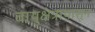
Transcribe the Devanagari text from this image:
वायुक्षेत्रापासून